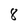
Character: 8